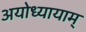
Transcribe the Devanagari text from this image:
अयोध्यायाम्